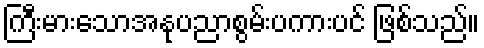
ကြီးမားသောအနုပညာစွမ်းပကားပင် ဖြစ်သည်။